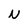
Character: N